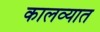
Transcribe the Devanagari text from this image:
कालव्यात